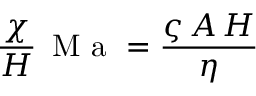
\frac { \chi } { H } \, \mathrm { ~ M ~ a ~ } = \frac { \varsigma \, A \, H } { \eta }